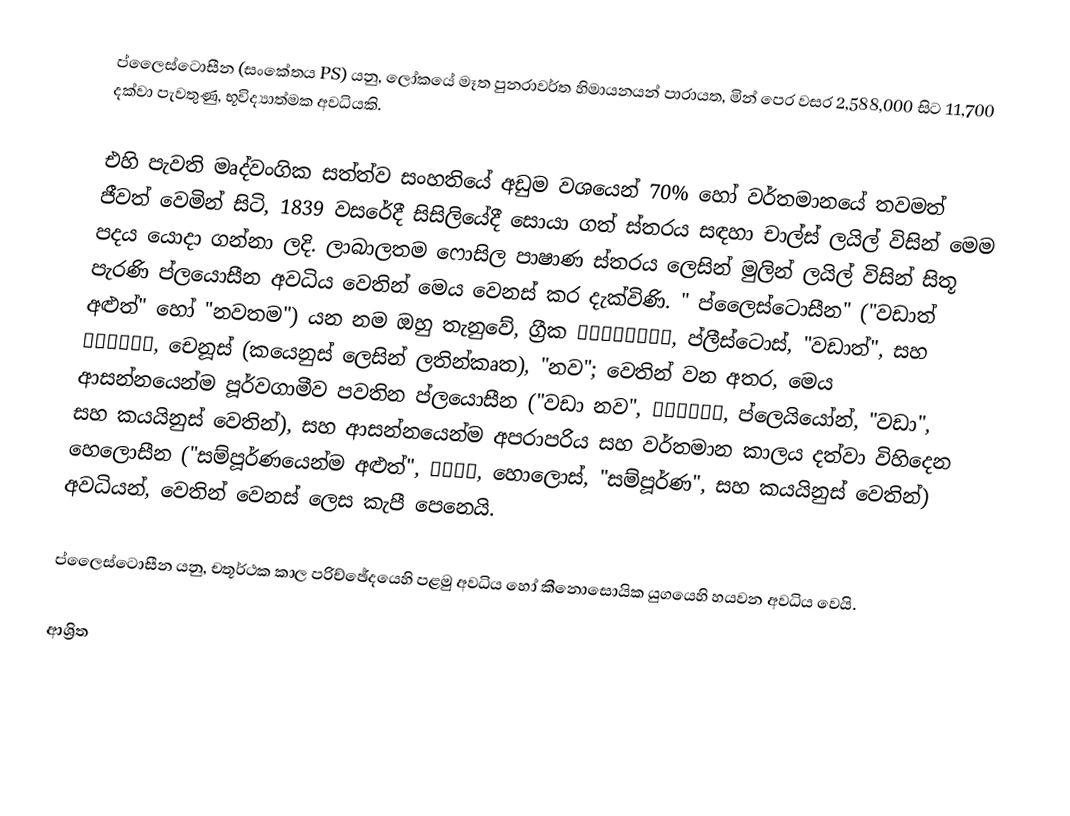
ප්ලෛස්ටොසීන (සංකේතය PS) යනු, ලෝකයේ මෑත පුනරාවර්ත හිමායනයන් පාරායත, මින් පෙර වසර  2,588,000 සිට 11,700 දක්වා පැවතුණු,   භූවිද්‍යාත්මක අවධියකි.

එහි පැවති මෘද්වංගික සත්ත්ව සංහතියේ අඩුම වශයෙන්  70% හෝ වර්තමානයේ තවමත් ජීවත් වෙමින් සිටි,  1839 වසරේදී සිසිලියේදී  සොයා ගත් ස්තරය සඳහා  චාල්ස් ලයිල් විසින් මෙම පදය යොදා ගන්නා ලදි. ලාබාලතම ෆොසිල පාෂාණ ස්තරය ලෙසින් මුලින් ලයිල් විසින් සිතූ පැරණි ප්ලයොසීන අවධිය වෙතින් මෙය වෙනස් කර දැක්විණි.  " ප්ලෛස්ටොසීන" ("වඩාත් අළුත්" හෝ  "නවතම") යන නම ඔහු තැනුවේ, ග්‍රීක πλεῖστος, ප්ලීස්ටොස්, "වඩාත්", සහ καινός, චෙනූස් (කයෙනුස් ලෙසින් ලතින්කෘත), "නව"; වෙතින් වන අතර, මෙය ආසන්නයෙන්ම පූර්වගාමීව පවතින ප්ලයොසීන ("වඩා නව", πλείων, ප්ලෙයියෝන්, "වඩා", සහ කයයිනුස් වෙතින්), සහ ආසන්නයෙන්ම අපරාපරිය සහ වර්තමාන කාලය දත්වා විහිදෙන හෙලොසීන ("සම්පූර්ණයෙන්ම අළුත්", ὅλος, හොලොස්, "සම්පූර්ණ", සහ කයයිනුස් වෙතින්) අවධියන්, වෙතින්  වෙනස් ලෙස කැපී පෙනෙයි.

ප්ලෛස්ටොසීන යනු, චතූර්ථක  කාල පරිච්ඡේදයෙහි පළමු අවධිය හෝ කීනොසොයික යුගයෙහි හයවන අවධිය වෙයි.

ආශ්‍රිත